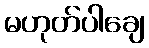
မဟုတ်ပါချေ